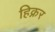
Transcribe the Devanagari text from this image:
हिक्नर